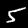
Label: 5